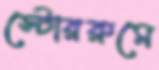
স্টোররুমে